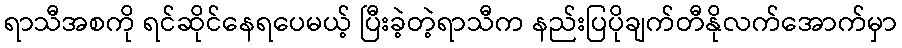
ရာသီအစကို ရင်ဆိုင်နေရပေမယ့် ပြီးခဲ့တဲ့ရာသီက နည်းပြပိုချက်တီနိုလက်အောက်မှာ